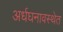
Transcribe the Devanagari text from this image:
अर्धघनावस्थेत